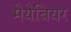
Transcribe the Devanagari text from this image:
मेयेबियर